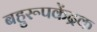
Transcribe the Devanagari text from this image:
बहुरूपकेंद्रक